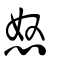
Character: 怒